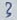
Text: 3